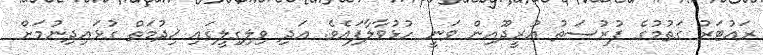
ރައުޓަރު ގަތުމުގެ ފުރުސަތު އުރީދޫއިން ވަނީ ހުޅުވާލާފައެވެ. އަދި ވިލިގިލީގައި ޚިދުމަތް ގުޅައިދިނުމަށް